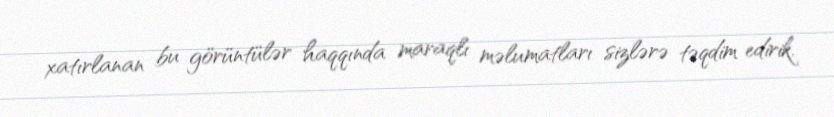
xatırlanan bu görüntülər haqqında maraqlı məlumatları sizlərə təqdim edirik.